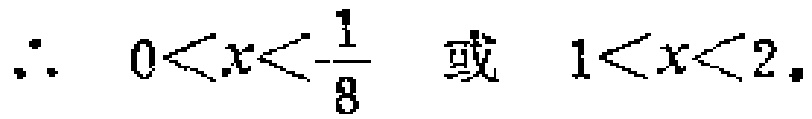
\(\therefore\ 0<x<\frac{1}{8}\) 或 \(1<x<2\)。